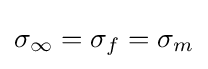
\sigma _{\infty }=\sigma _{f}=\sigma _{m}